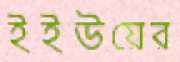
ইইউয়ের